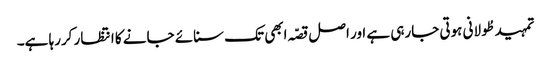
تمہید طُولانی ہوتی جارہی ہے اور اصل قصّہ ابھی تک سنائے جانے کا انتظار کررہا ہے۔